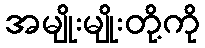
အမျိုးမျိုးတို့ကို